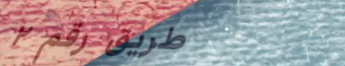
طريق رقم ٢